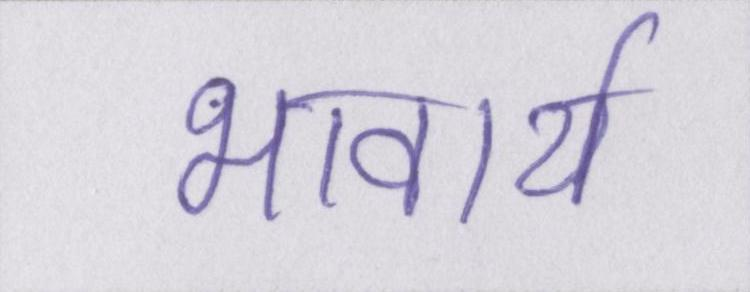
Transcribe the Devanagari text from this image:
भावार्थ